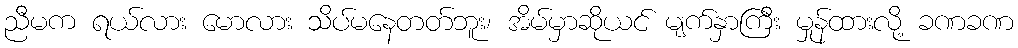
ညီမက ရယ်လား မောလား သိပ်မနေတတ်ဘူး၊ အိမ်မှာဆိုယင် မျက်နှာကြီး မှုန်ထားလို့ ခဏခဏ